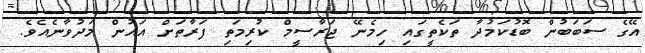
އޭގެ ސަބަބުން ބޮޑުކަމުދާ ތަކެތީގައި ހިމެނޭ ޖަރާސީމް ކުރިމަތި ފަރާތަށް އައުން މަދުވާނެއެވެ.